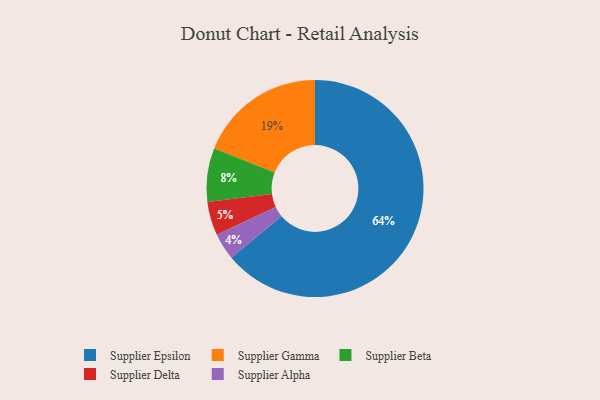
{"axis": {"x": "Category", "y": "Percentage"}, "legend": ["Supplier Alpha", "Supplier Beta", "Supplier Delta", "Supplier Epsilon", "Supplier Gamma"], "data": [{"x": "Supplier Beta", "y": 8, "type": "Supplier Beta"}, {"x": "Supplier Epsilon", "y": 64, "type": "Supplier Epsilon"}, {"x": "Supplier Alpha", "y": 4, "type": "Supplier Alpha"}, {"x": "Supplier Gamma", "y": 19, "type": "Supplier Gamma"}, {"x": "Supplier Delta", "y": 5, "type": "Supplier Delta"}]}